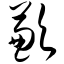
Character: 歉